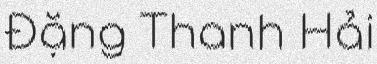
Đặng Thanh Hải